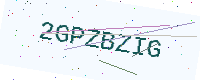
Text: 2GPZBZIG